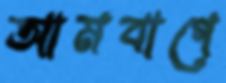
আমবাগে